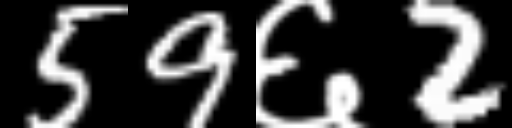
Text: 59६2